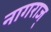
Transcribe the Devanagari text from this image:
नागराज्